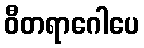
ဝီတရာဂေါပေ